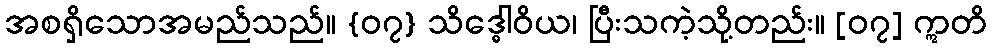
အစရှိသောအမည်သည်။ {၀၇} သိဒ္ဓေါဝိယ၊ ပြီးသကဲ့သို့တည်း။ [၀၇] ဣတိ